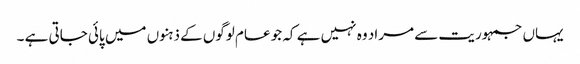
یہاں جمہوریت سے مراد وہ نہیں ہے کہ جو عام لوگوں کے ذہنوں میں پائی جاتی ہے ۔